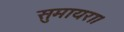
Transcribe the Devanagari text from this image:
सुमायरा।